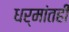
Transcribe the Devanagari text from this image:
धर्मांतही